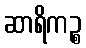
ဆာရိကဉ္စ